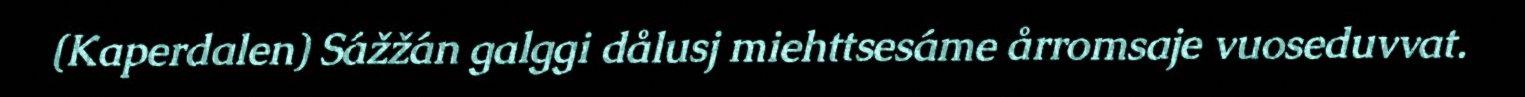
(Kaperdalen) Sážžán galggi dålusj miehttsesáme årromsaje vuoseduvvat.